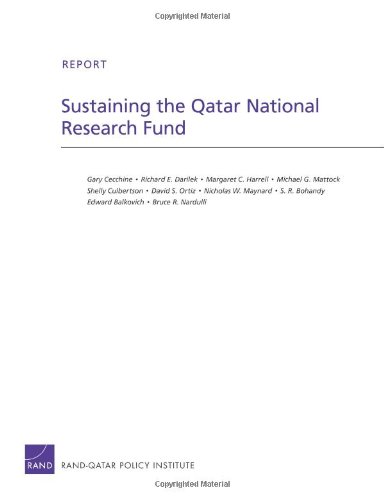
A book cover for Sustaining the Qatar National Research Fund (Rand Corporation Technical Report); Gary Cecchine; History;